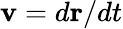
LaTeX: \mathbf{v}=d\mathbf{r}/dt